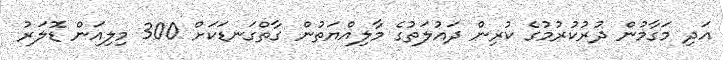
އަދި މަގާމުން ދުރުކުރުމުގެ ކުރިން ދައުލަތުގެ މާލިއްޔަތުން ގާތްގަނޑަކަށް 300 މިލިއަން ޑޮލަރު